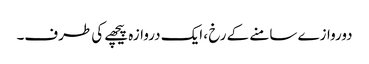
دوروازے سامنے کے رخ ، ایک دروازہ پیچھے کی طرف۔